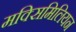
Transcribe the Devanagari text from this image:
मक्सिमिलियन